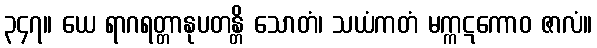
၃၄၇။ ယေ ရာဂရတ္တာနုပတန္တိ သောတံ၊ သယံကတံ မက္ကဋကောဝ ဇာလံ။